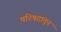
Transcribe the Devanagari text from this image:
परिषदांतून